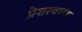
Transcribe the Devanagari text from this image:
प्रेशरवाउंड